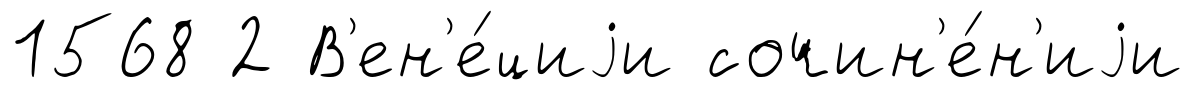
1568 2 В'ен'е́циjи сочин'е́н'иjи